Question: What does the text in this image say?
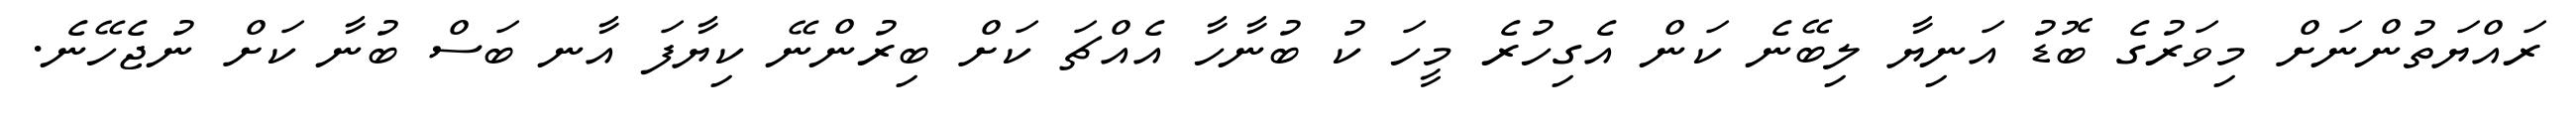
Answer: ރައްޔަތުންނަށް މިވަރުގެ ބޮޑު އަނިޔާ ލިބޭނެ ކަން އެގިހުރެ މީހަ ކު ބުނާހާ އެއްޗަ ކަށް ބިރުންނޭ ކިޔާފަ އާނ ބަސް ބުނާ ކަށް ނުޖެހޭނެ.